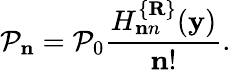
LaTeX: {\cal P}_{\mathbf n}={\cal P}_{0}\frac{H_{\mathbf nn}^{\{ {\mathbf R}\} }({\mathbf y})}{{\mathbf n}!}.